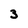
Character: 3